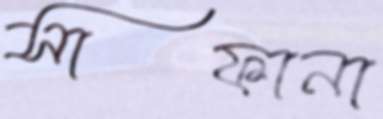
সাফানা